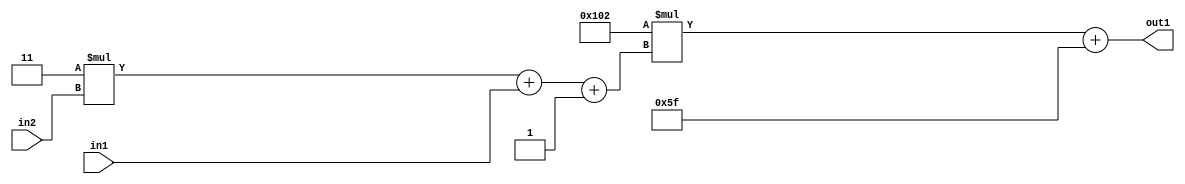
`timescale 1ps / 1ps
/*****************************************************************************
    Verilog RTL Description
    
    
    Created by: Stratus DpOpt 2019.1.01 
*******************************************************************************/

module DC_Filter_Add2i95Mul2i258Add3i1u1Mul2i3u2_4 (
	in2,
	in1,
	out1
	); /* architecture "behavioural" */ 
input [1:0] in2;
input  in1;
output [11:0] out1;
wire [11:0] asc001;
wire [3:0] asc002;

wire [3:0] asc002_tmp_0;
wire [3:0] asc002_tmp_1;
assign asc002_tmp_1 = 
	+(4'B0011 * in2);
assign asc002_tmp_0 = asc002_tmp_1
	+(in1);
assign asc002 = asc002_tmp_0
	+(4'B0001);

wire [11:0] asc001_tmp_2;
assign asc001_tmp_2 = 
	+(12'B000100000010 * asc002);
assign asc001 = asc001_tmp_2
	+(12'B000001011111);

assign out1 = asc001;
endmodule

/* CADENCE  vrP5Sgw= : u9/ySgnWtBlWxVPRXgAZ4Og= ** DO NOT EDIT THIS LINE ******/